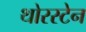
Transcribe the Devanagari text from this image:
थोरस्टेन